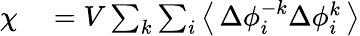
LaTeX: \begin{array}{rl}{\chi}&{{}=V\sum_{k}\sum_{i}\left\langle\, \Delta\phi_{i}^{-k}\Delta\phi_{i}^{k}\, \right\rangle}\end{array}